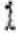
1